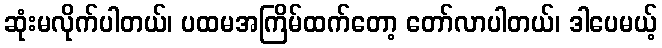
ဆုံးမလိုက်ပါတယ်၊ ပထမအကြိမ်ထက်တော့ တော်လာပါတယ်၊ ဒါပေမယ့်